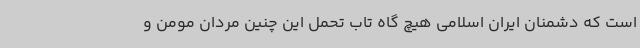
است که دشمنان ایران اسلامی هیچ گاه تاب تحمل این چنین مردان مومن و